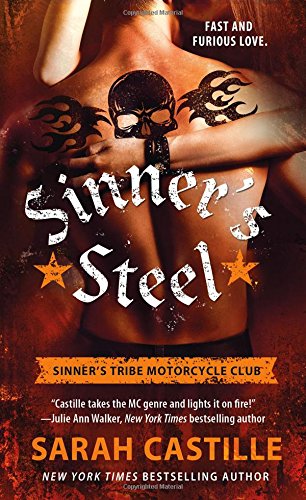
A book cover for Sinner's Steel (The Sinner's Tribe Motorcycle Club); Sarah Castille; Romance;